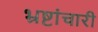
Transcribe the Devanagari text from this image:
भ्रष्टांचारी